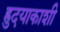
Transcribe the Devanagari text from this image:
ह्रुदयाकाशी